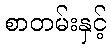
စာတမ်းနှင့်